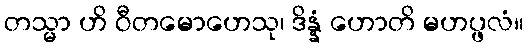
တသ္မာ ဟိ ဝီတမောဟေသု၊ ဒိန္နံ ဟောတိ မဟပ္ဖလံ။